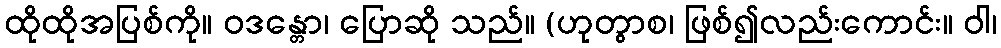
ထိုထိုအပြစ်ကို။ ဝဒန္တော၊ ပြောဆို သည်။ (ဟုတွာစ၊ ဖြစ်၍လည်းကောင်း။ ဝါ၊